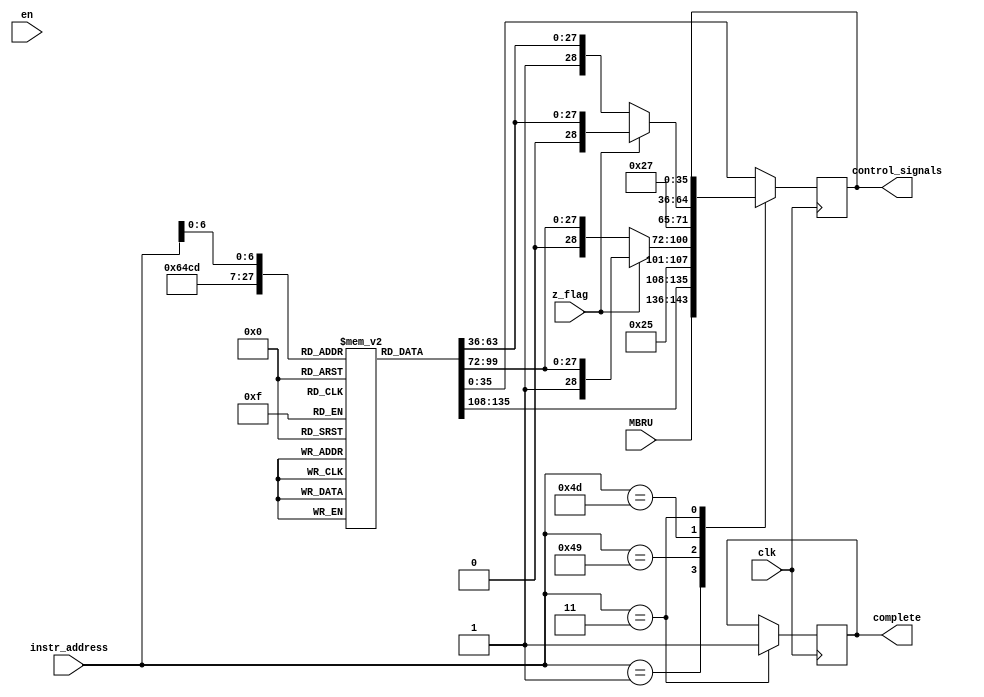
`timescale 1ns / 1ps
//////////////////////////////////////////////////////////////////////////////////
// Company: 
// Engineer: 
// 
// Design Name: 
// Module Name: Control_Unit
// Project Name: 
// Target Devices: 
// Tool Versions: 
// Description: 
// 
// Dependencies: 
// 
// Revision:
// Revision 0.01 - File Created
// Additional Comments:
// 
//////////////////////////////////////////////////////////////////////////////////




module Control_Unit(
    input clk,
    input en,
    input z_flag,
    input [7:0] instr_address,
    input [7:0] MBRU,
    output reg [35:0] control_signals,
    output complete
    );
    
    parameter  control_signal_length=35; //36-1=35
    reg [control_signal_length:0] control_store[84:0];
    reg finish = 1'b0;
    
    //instructions which jumps
    parameter  FETCH2=8'd1;
    
    parameter  JUMPZ1=8'd73;
    parameter  JMPZN1=8'd74;
    parameter  JMPZY1=8'd75;

    parameter  JMPNZ1=8'd77;
    parameter  JMPNZY1=8'd78;
    parameter  JMPNZN1=8'd79;

    parameter  NOOP=8'd3;
    
    assign complete = finish;
    
    initial
        begin
        control_signals=36'b0;
        end
        
        
    always@(posedge clk)
        begin
            case(instr_address)
            FETCH2: 
                begin
                    control_signals={MBRU,control_store[FETCH2][27:0]};                    
                end
            JUMPZ1: 
                begin 
                    if (z_flag==1'b0)
                        control_signals={JMPZN1,control_store[JUMPZ1][27:0]};
                    else
                        control_signals={JMPZY1,control_store[JUMPZ1][27:0]};
                 end         
            JMPNZ1:
                begin 
                    if (z_flag==1'b1)
                        control_signals={JMPNZY1,control_store[JMPNZ1][27:0]};
                    else
                        control_signals={JMPNZN1,control_store[JMPNZ1][27:0]};
                end 
                
             NOOP: finish = 1'b1;   //idling 
            
             default: control_signals=control_store[instr_address];
            endcase
         end
            
    initial 
    begin
    
        control_store[0]  = 36'b00000001_0_0000_00010000000000_100_00_0000; //	FETCH1
        control_store[1]  = 36'bxxxxxxxx_0_0000_00000000000000_000_10_0000; //	FETCH2
        control_store[3]  = 36'b00000000_0_0000_00000000000000_000_00_0000; //	NOOP
        control_store[4]  = 36'b00000000_0_0110_00000000000001_000_00_0000; //	CLAC
        control_store[5]  = 36'b00000110_0_1000_10000000000000_010_00_0000; //	LDAC 1
        control_store[6]  = 36'b00000111_0_0000_00000000000000_000_00_0000; //	LDAC 2
        control_store[7]  = 36'b00001000_0_0000_01000000000000_000_00_0000; //	LDAC 3
        control_store[8]  = 36'b00000000_0_0111_00000000000001_000_00_0010; //	LDAC 4
        control_store[9]  = 36'b00001010_0_0111_10000000000000_010_00_0011; //	LDX1R1 1
        control_store[10] = 36'b00001011_0_0000_00000000000000_000_00_0000; //	LDX1R1 2
        control_store[11] = 36'b00001100_0_0000_01000000000000_000_00_0000; //	LDX1R1 3
        control_store[12] = 36'b00001101_0_0111_00000000000001_000_00_0010; //	LDX1R1 4
        control_store[13] = 36'b00000000_0_1000_00001000000000_000_00_0000; //	LDX1R1 5
        control_store[14] = 36'b00001111_0_0111_10000000000000_010_00_0011; //	LDX2R2 1
        control_store[15] = 36'b00010000_0_0000_00000000000000_000_00_0000; //	LDX2R2 2
        control_store[16] = 36'b00010001_0_0000_01000000000000_000_00_0000; //	LDX2R2 3
        control_store[17] = 36'b00010010_0_0111_00000000000001_000_00_0010; //	LDX2R2 4
        control_store[18] = 36'b00000000_0_1000_00000100000000_000_00_0000; //	LDX2R2 5
        control_store[19] = 36'b00010100_0_0111_10000000000000_010_00_0011; //	LDX3R3 1
        control_store[20] = 36'b00010101_0_0000_00000000000000_000_00_0000; //	LDX3R3 2
        control_store[21] = 36'b00010110_0_0000_01000000000000_000_00_0000; //	LDX3R3 3
        control_store[22] = 36'b00010111_0_0111_00000000000001_000_00_0010; //	LDX3R3 4
        control_store[23] = 36'b00000000_0_1000_00000010000000_000_00_0000; //	LDX3R3 5
        control_store[24] = 36'b00011001_0_0111_10000000000000_010_00_0011; //	LDX12R9 1
        control_store[25] = 36'b00011010_0_0000_00000000000000_000_00_0000; //	LDX12R9 2
        control_store[26] = 36'b00011011_0_0000_01000000000000_000_00_0000; //	LDX12R9 3
        control_store[27] = 36'b00011100_0_0111_00000000000001_000_00_0010; //	LDX12R9 4
        control_store[28] = 36'b00000000_0_1000_00000000000010_000_00_0000; //	LDX12R9 5
        control_store[29] = 36'b00011110_0_0111_10000000000000_010_00_0011; //	LDX4R6 1
        control_store[30] = 36'b00011111_0_0000_00000000000000_000_00_0000; //	LDX4R6 2
        control_store[31] = 36'b00100000_0_0000_01000000000000_000_00_0000; //	LDX4R6 3
        control_store[32] = 36'b00100001_0_0111_00000000000001_000_00_0010; //	LDX4R6 4
        control_store[33] = 36'b00000000_0_1000_00000000010000_000_00_0000; //	LDX4R6 5
        control_store[34] = 36'b00100100_0_0111_00000000000001_000_00_0110; //	SWX5R3 1
        control_store[35] = 36'b00100100_0_0111_00000000000001_000_00_0101; //	SWX12R2 1
        control_store[36] = 36'b00100101_0_0111_10000000000000_000_00_0011; //	SWX5AC 1
        control_store[37] = 36'b00000000_0_1000_01000000000000_001_00_0000; //	SWX5AC 2
        control_store[38] = 36'b00000000_0_1000_01000000000000_001_00_0000; //	STAC
        control_store[39] = 36'b00000000_0_1000_00001000000000_000_00_0000; //	MOVACR1
        control_store[40] = 36'b00000000_0_1000_00000100000000_000_00_0000; //	MOVACR2
        control_store[41] = 36'b00000000_0_1000_00000010000000_000_00_0000; //	MOVACR3
        control_store[42] = 36'b00000000_0_1000_00000001000000_000_00_0000; //	MOVACR4
        control_store[43] = 36'b00000000_0_1000_00000000100000_000_00_0000; //	MOVACR5
        control_store[44] = 36'b00000000_0_1000_00000000010000_000_00_0000; //	MOVACR6
        control_store[45] = 36'b00000000_0_1000_00000000001000_000_00_0000; //	MOVACR7
        control_store[46] = 36'b00000000_0_1000_00000000000100_000_00_0000; //	MOVACR8
        control_store[47] = 36'b00000000_0_1000_00000000000010_000_00_0000; //	MOVACR9
        control_store[48] = 36'b00000000_0_0111_00000000000001_000_00_0100; //	MOVR1AC
        control_store[49] = 36'b00000000_0_0111_00000000000001_000_00_0101; //	MOVR2AC
        control_store[50] = 36'b00000000_0_0111_00000000000001_000_00_0110; //	MOVR3AC
        control_store[51] = 36'b00000000_0_0111_00000000000001_000_00_0111; //	MOVR4AC
        control_store[52] = 36'b00000000_0_0111_00000000000001_000_00_1000; //	MOVR5AC
        control_store[53] = 36'b00000000_0_0111_00000000000001_000_00_1001; //	MOVR6AC
        control_store[54] = 36'b00000000_0_0111_00000000000001_000_00_1010; //	MOVR7AC
        control_store[55] = 36'b00000000_0_0111_00000000000001_000_00_1011; //	MOVR8AC
        control_store[56] = 36'b00000000_0_0111_00000000000001_000_00_1100; //	MOVR9AC
        control_store[57] = 36'b00000000_0_1000_10000000000000_000_00_0000; //	MOVACMAR
        control_store[58] = 36'b00000000_0_1000_01000000000000_001_00_0000; //	MOVACMDR
        control_store[59] = 36'b00000000_0_0001_00000000000001_000_00_0100; //	ADDR1
        control_store[60] = 36'b00000000_0_0001_00000000000001_000_00_0101; //	ADDR2
        control_store[61] = 36'b00000000_0_0001_00000000000001_000_00_0111; //	ADDR4
        control_store[62] = 36'b00000000_0_0001_00000000000001_000_00_1000; //	ADDR5
        control_store[63] = 36'b00000000_0_0001_00000000000001_000_00_1001; //	ADDR6
        control_store[64] = 36'b00000000_0_0001_00000000000001_000_00_1010; //	ADDR7
        control_store[65] = 36'b00000000_0_0010_00000000000001_000_00_0000; //	LSHIFT1
        control_store[66] = 36'b00000000_0_0011_00000000000001_000_00_0000; //	RSHIFT1
        control_store[67] = 36'b00000000_0_0100_00000000000001_000_00_0000; //	LSHIFT8
        control_store[68] = 36'b00000000_0_0000_00000000000000_000_10_0000; //	INCREMENTPC
        control_store[69] = 36'b00000000_0_0000_00000000000000_000_01_0000; //	INCREMENTAC
        control_store[70] = 36'b00000000_0_0101_00000000000001_000_00_0000; //	DECREMENTAC
        control_store[71] = 36'b01001000_0_0111_00000000000001_000_00_0011; //	JUMP1
        control_store[72] = 36'b00000000_1_1000_00100000000000_000_00_0000; //	JUMP2
        control_store[73] = 36'bxxxxxxxx_1_0000_00000000000000_000_00_0000; //	JUMPZ1
        control_store[74] = 36'b00000000_0_0000_00000000000000_000_00_0000; //	JMPZN1 (Z = 0)
        control_store[75] = 36'b01001100_0_0111_00000000000001_000_00_0011; //	JMPZY1 (Z = 1)
        control_store[76] = 36'b00000000_1_1000_00100000000000_000_00_0000; //	JMPZY2 (Z = 1)
        control_store[77] = 36'bxxxxxxxx_1_0000_00000000000000_000_00_0000; //	JMPNZ1
        control_store[78] = 36'b00000000_0_0000_00000000000000_000_00_0000; //	JMPNZY1 (Z = 1)
        control_store[79] = 36'b01010000_0_0111_00000000000001_000_00_0011; //	JMPNZN1 (Z = 0)
        control_store[80] = 36'b00000000_1_1000_00100000000000_000_00_0000; //	JMPNZN2 (Z = 0)
        control_store[81] = 36'b01010010_0_0111_00000000000001_000_00_0011; //  LDIR2 1 
        control_store[82] = 36'b00000000_0_1000_00000100000000_000_00_0000; //  LDIR2 2
        control_store[83] = 36'b01010100_0_0111_00000000000001_000_00_0011; //  LDIR3 1
        control_store[84] = 36'b00000000_0_1000_00000010000000_000_00_0000; //  LDIR3 2   
    
    end
    
    
    
    
    
    
endmodule